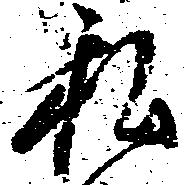
私